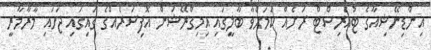
އިންޑިނޭޝިއާގެ ޓުއަރިސްޓް ރަށެއް ކަމަށްވާ ބާލީގައި އިމިގްރޭޝަން އޮފިސަރެއްގެ ގައިގައި ޖަހައި މާރާމާރީ